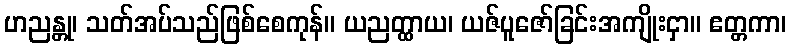
ဟညန္တု၊ သတ်အပ်သည်ဖြစ်စေကုန်။ ယညတ္ထာယ၊ ယဇ်ပူဇော်ခြင်းအကျိုးငှာ။ ဧတ္တကာ၊